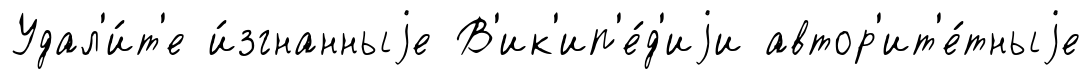
Удал'и́т'е и́згнанныjе В'ик'ип'е́д'иjи автор'ит'е́тныjе